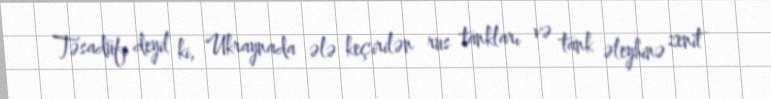
Təsadüfi deyil ki, Ukraynada ələ keçirilən rus tankları və tank əleyhinə zenit